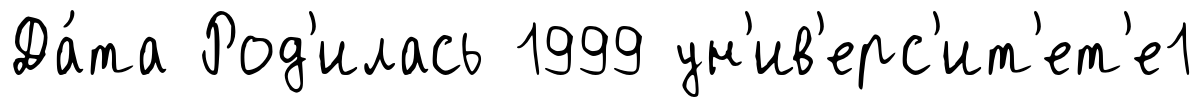
Да́та Род'илась 1999 ун'ив'ерс'ит'ет'е1